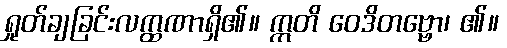
ရှုတ်ချခြင်းလက္ထဏာရှိ၏။ ဣတိ ဝေဒိတဗ္ဗော၊ ၏။